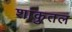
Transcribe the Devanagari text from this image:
शांकुतल